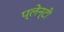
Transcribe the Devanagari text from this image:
प्लेन्टी